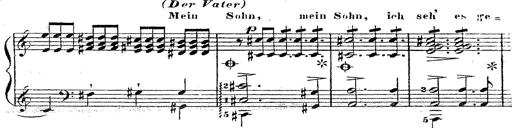
Title: 12 Lieder von Franz Schubert
Composer: Franz Liszt